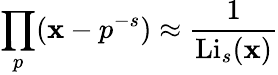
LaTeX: \prod_{p}(\mathbf{x}-p^{-s})\approx{\frac{{1}}{{\operatorname{Li}_{s}(\mathbf{x})}}}